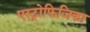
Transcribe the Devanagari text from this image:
एस्ट्रोफिजिका